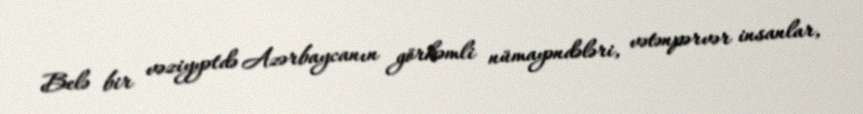
Belə bir vəziyyətdə Azərbaycanın görkəmli nümayəndələri, vətənpərvər insanlar,